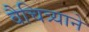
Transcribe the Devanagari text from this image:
वैचित्र्याने